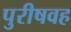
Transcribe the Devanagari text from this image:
पुरीषवह